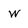
Character: w